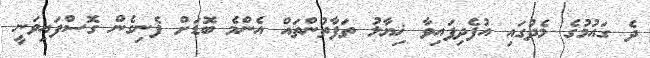
ދެ ގައުމުގެ މެދުގައި އުފެދިފައިވާ ޚިޔާލު ތަފާތުންތައް އެންމެ ބޮޑަށް ފެނިގެން ގޮސްފައިވަނީ